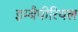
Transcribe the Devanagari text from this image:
इम्बैपीरियल